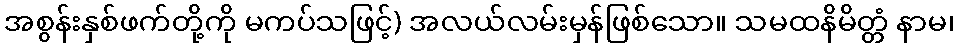
အစွန်းနှစ်ဖက်တို့ကို မကပ်သဖြင့်) အလယ်လမ်းမှန်ဖြစ်သော။ သမထနိမိတ္တံ နာမ၊